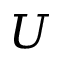
U